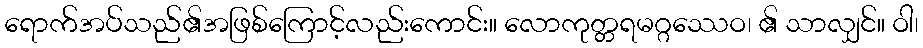
ရောက်အပ်သည်၏အဖြစ်ကြောင့်လည်းကောင်း။ လောကုတ္တရမဂ္ဂဿေဝ၊ ၏ သာလျှင်။ ဝါ၊